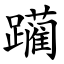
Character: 躏